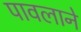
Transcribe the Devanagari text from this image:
पावलाने